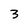
Character: 3